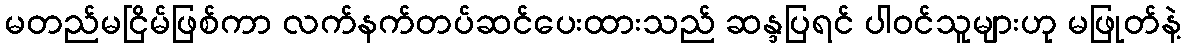
မတည်မငြိမ်ဖြစ်ကာ လက်နက်တပ်ဆင်ပေးထားသည် ဆန္ဒပြရင် ပါဝင်သူများဟု မဖြုတ်နဲ့